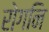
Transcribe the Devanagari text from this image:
रोगनि